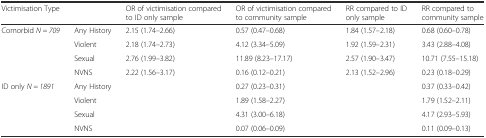
<table><thead><tr><td colspan="2"><b>Victimisation Type</b></td><td><b>OR of victimisation compared to ID only sample</b></td><td><b>OR of victimisation compared to community sample</b></td><td><b>RR compared to ID only sample</b></td><td><b>RR compared to community sample</b></td></tr></thead><tbody><tr><td rowspan="4">Comorbid <i>N = 709</i></td><td>Any History</td><td>2.15 (1.74–2.66)</td><td>0.57 (0.47–0.68)</td><td>1.84 (1.57–2.18)</td><td>0.68 (0.60–0.78)</td></tr><tr><td>Violent</td><td>2.18 (1.74–2.73)</td><td>4.12 (3.34–5.09)</td><td>1.92 (1.59–2.31)</td><td>3.43 (2.88–4.08)</td></tr><tr><td>Sexual</td><td>2.76 (1.99–3.82)</td><td>11.89 (8.23–17.17)</td><td>2.57 (1.90–3.47)</td><td>10.71 (7.55–15.18)</td></tr><tr><td>NVNS</td><td>2.22 (1.56–3.17)</td><td>0.16 (0.12–0.21)</td><td>2.13 (1.52–2.96)</td><td>0.23 (0.18–0.29)</td></tr><tr><td rowspan="4">ID only <i>N = 1891</i></td><td>Any History</td><td></td><td>0.27 (0.23–0.31)</td><td></td><td>0.37 (0.33–0.42)</td></tr><tr><td>Violent</td><td></td><td>1.89 (1.58–2.27)</td><td></td><td>1.79 (1.52–2.11)</td></tr><tr><td>Sexual</td><td></td><td>4.31 (3.00–6.18)</td><td></td><td>4.17 (2.93–5.93)</td></tr><tr><td>NVNS</td><td></td><td>0.07 (0.06–0.09)</td><td></td><td>0.11 (0.09–0.13)</td></tr></tbody></table>